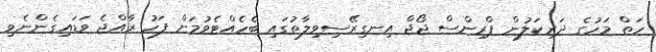
ހަތް މަހުގެ ދަރިކަލުން ޕްރިންސް ޖޯޖް އިނގިރޭސިވިލާތުގައި ބެހެއްޓެވުމަށް ފަހު ރާއްޖެ ވަޑައިގެންނެވި